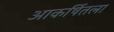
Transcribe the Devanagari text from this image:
आकर्षितला